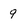
Character: 9